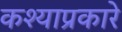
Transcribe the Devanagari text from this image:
कश्याप्रकारे